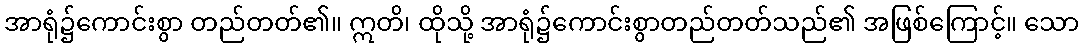
အာရုံ၌ကောင်းစွာ တည်တတ်၏။ ဣတိ၊ ထိုသို့ အာရုံ၌ကောင်းစွာတည်တတ်သည်၏ အဖြစ်ကြောင့်။ သော